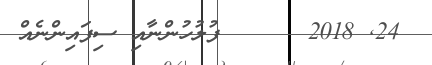
24